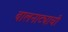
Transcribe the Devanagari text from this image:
बालनाट्याची